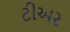
ટીઅર